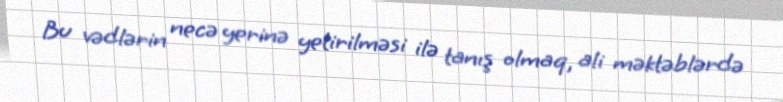
Bu vədlərin necə yerinə yetirilməsi ilə tanış olmaq, ali məktəblərdə